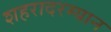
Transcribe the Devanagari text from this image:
शहरादरम्यान